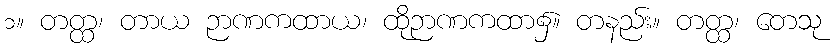
၁။ တတ္ထ၊ တာယ ဉာဏကထာယ၊ ထိုဉာဏကထာ၌။ တနည်း။ တတ္ထ၊ တေသု